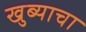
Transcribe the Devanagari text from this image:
खुब्याचा